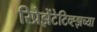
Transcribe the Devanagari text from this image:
रिप्रेझेंटेटिव्ह्झच्या